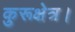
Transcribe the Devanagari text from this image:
कुरूक्षेत्र।